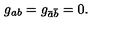
g _ { a b } = g _ { \bar { a } \bar { b } } = 0 .